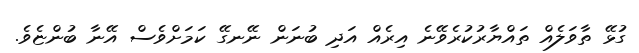
ގުޅޭ ތާވަލެއް ތައްޔާރުކުރެވޭނެ އިރެއް އަދި ބުނަން ނޭނގޭ ކަމަށްވެސް އޭނާ ބުންޏެވެ.